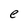
Character: e